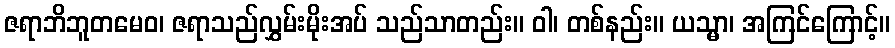
ဇရာဘိဘူတမေဝ၊ ဇရာသည်လွှမ်းမိုးအပ် သည်သာတည်း။ ဝါ၊ တစ်နည်း။ ယသ္မာ၊ အကြင်ကြောင့်။